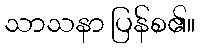
သာသနာ ပြန်စ၏။